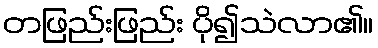
တဖြည်းဖြည်း ပို၍သဲလာ၏။